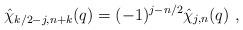
LaTeX: \begin{align*}\hat{\chi}_{k/2-j,n+k} (q) = (-1)^{j - n/2} \hat{\chi}_{j , n} (q) ~,\end{align*}